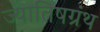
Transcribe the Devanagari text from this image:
ज्यातिषग्रंथ